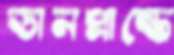
ডানপ্রান্তে